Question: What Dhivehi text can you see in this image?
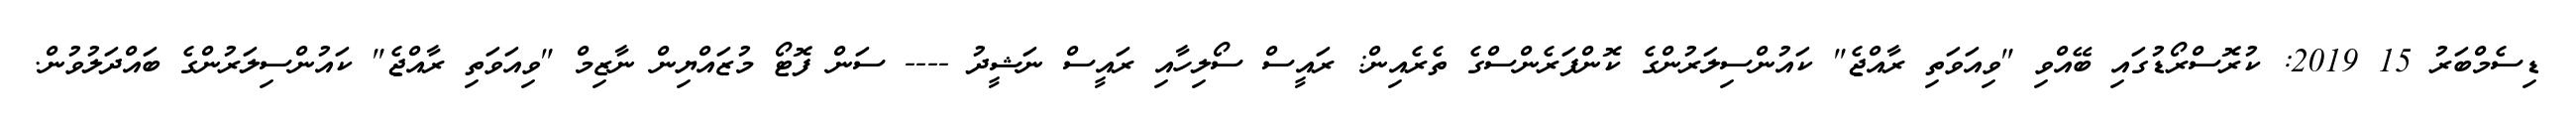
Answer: ޑިސެމްބަރު 15 2019: ކުރޮސްރޯޑުގައި ބޭއްވި "ވިއަވަތި ރާއްޖެ" ކައުންސިލަރުންގެ ކޮންފަރެންސްގެ ތެރެއިން: ރައީސް ސޯލިހާއި ރައީސް ނަޝީދު ---- ސަން ފޮޓޯ މުޒައްޔިން ނާޒިމް "ވިއަވަތި ރާއްޖެ" ކައުންސިލަރުންގެ ބައްދަލުވުން.